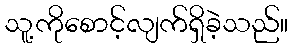
သူ့ကိုစောင့်လျက်ရှိခဲ့သည်။